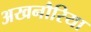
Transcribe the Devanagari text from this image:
अखनौरिया